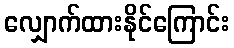
လျှောက်ထားနိုင်ကြောင်း